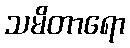
သမိတာရော